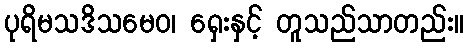
ပုရိမသဒိသမေဝ၊ ရှေးနှင့် တူသည်သာတည်း။